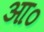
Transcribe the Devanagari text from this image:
आ०